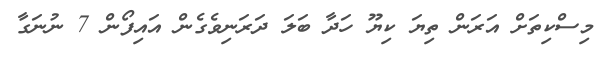
މިސްކިތަށް އަރަން ތިޔަ ކިޔޫ ހަދާ ބަލަ ދަރަނިވެގެން އައިފޯން 7 ނުނަގާ